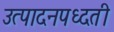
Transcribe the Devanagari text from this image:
उत्पादनपध्दती